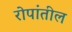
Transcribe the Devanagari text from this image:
रोपांतील